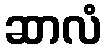
ဆာလံ